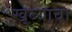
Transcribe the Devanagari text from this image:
खुब्याचा